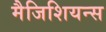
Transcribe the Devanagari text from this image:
मैजिशियन्स